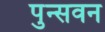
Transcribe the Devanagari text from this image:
पुन्सवन